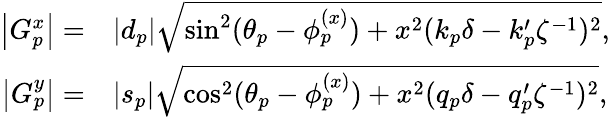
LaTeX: \begin{array}{rl}{\left|G_{p}^{x}\right|=}&{\left|d_{p}\right|\sqrt{\sin^{2}(\theta_{p}-\phi_{p}^{(x)})+x^{2}(k_{p}\delta-k_{p}^{\prime}\zeta^{-1})^{2}},}\\ {\left|G_{p}^{y}\right|=}&{\left|s_{p}\right|\sqrt{\cos^{2}(\theta_{p}-\phi_{p}^{(x)})+x^{2}(q_{p}\delta-q_{p}^{\prime}\zeta^{-1})^{2}},}\end{array}